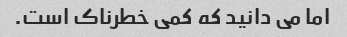
اما می دانید که کمی خطرناک است.